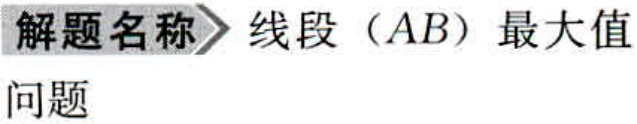
解题名称$\rhd$线段（$AB$）最大值

问题